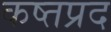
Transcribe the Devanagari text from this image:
कष्तप्रद